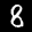
Label: 8